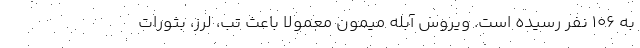
به ۱۰۶ نفر رسیده است. ویروس آبله میمون معمولا باعث تب، لرز، بثورات